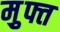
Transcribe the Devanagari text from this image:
म़ुफ्त